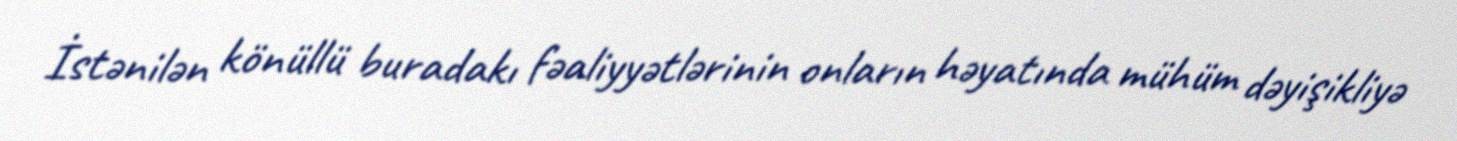
İstənilən könüllü buradakı fəaliyyətlərinin onların həyatında mühüm dəyişikliyə